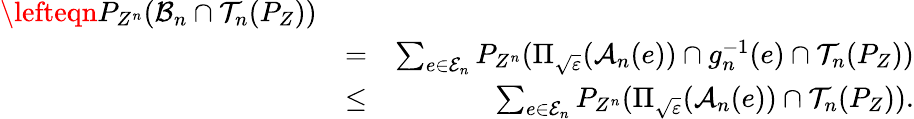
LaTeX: \begin{array}{rlr}{\lefteqn{P_{Z^{n}}({\cal B}_{n}\cap{\cal T}_{n}(P_{Z}))}}\\ &{=}&{\sum_{e\in{\cal E}_{n}}P_{Z^{n}}(\Pi_{\sqrt{\varepsilon}}({\cal A}_{n}(e))\cap g_{n}^{-1}(e)\cap{\cal T}_{n}(P_{Z}))}\\ &{\le}&{\sum_{e\in{\cal E}_{n}}P_{Z^{n}}(\Pi_{\sqrt{\varepsilon}}({\cal A}_{n}(e))\cap{\cal T}_{n}(P_{Z})).}\end{array}